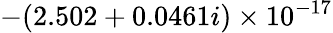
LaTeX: -(2.502+0.0461i)\times 10^{-17}